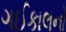
ગઈકાલનો